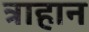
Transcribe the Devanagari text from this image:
त्राहान